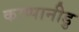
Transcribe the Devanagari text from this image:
काप्पानीडु